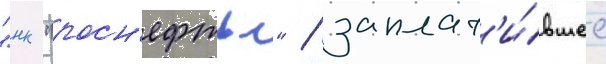
"нк "росн'ефть" / заплат'и́вшее